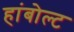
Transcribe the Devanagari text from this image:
हांबोल्ट